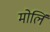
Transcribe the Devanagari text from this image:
मोलिं